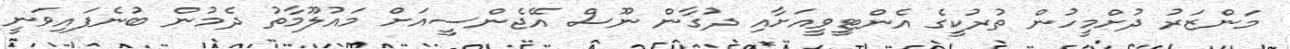
މަންޒަރު ދުށްމީހުން ތުރުކީގެ އެންޓީވީއަށާއި ދުގާން ނޫސް އޭޖެންސީއަށް މައުލޫމާތު ދެމުން ބުނެފައިވަނީ